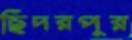
ছিদরপুর